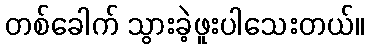
တစ်ခေါက် သွားခဲ့ဖူးပါသေးတယ်။